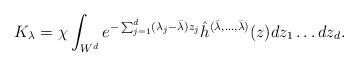
LaTeX: \begin{align*}K_{\lambda} = \chi \int_{W^d} e^{-\sum_{j=1}^d (\lambda_j - \bar{\lambda} )z_j} \hat{h}^{(\bar{\lambda}, \ldots, \bar{\lambda})}(z) dz_1 \ldots dz_d. \end{align*}